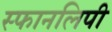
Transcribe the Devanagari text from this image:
स्फानलिपी